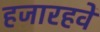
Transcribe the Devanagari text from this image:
हजारहवें